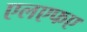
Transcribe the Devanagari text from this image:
एलएफए